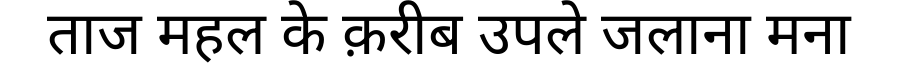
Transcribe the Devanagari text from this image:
ताज महल के क़रीब उपले जलाना मना